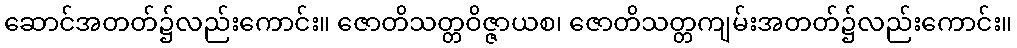
ဆောင်အတတ်၌လည်းကောင်း။ ဇောတိသတ္တဝိဇ္ဇာယစ၊ ဇောတိသတ္တကျမ်းအတတ်၌လည်းကောင်း။